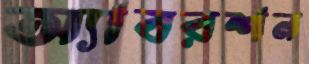
অ্যাবরশন